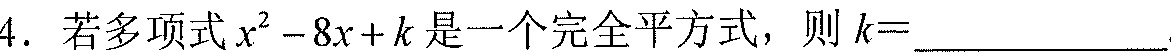
4. 若多项式\(x^{2}-8x + k\)是一个完全平方式，则\(k = \underline{\quad\quad}\)